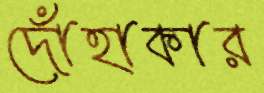
দোঁহাকার